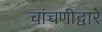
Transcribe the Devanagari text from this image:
चांचणीद्वारे